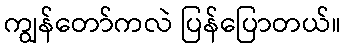
ကျွန်တော်ကလဲ ပြန်ပြောတယ်။